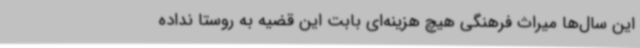
این سال‌ها میراث فرهنگی هیچ‌ هزینه‌ای بابت این قضیه به روستا نداده